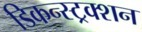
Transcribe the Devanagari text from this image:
डिकन्स्ट्रक्शन